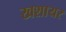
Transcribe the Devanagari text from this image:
खशायर